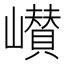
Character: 㠝